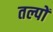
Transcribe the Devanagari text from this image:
तल्पों